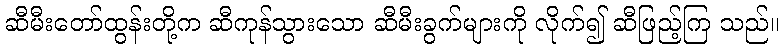
ဆီမီးတော်ထွန်းတို့က ဆီကုန်သွားသော ဆီမီးခွက်များကို လိုက်၍ ဆီဖြည့်ကြ သည်။